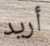
أريد